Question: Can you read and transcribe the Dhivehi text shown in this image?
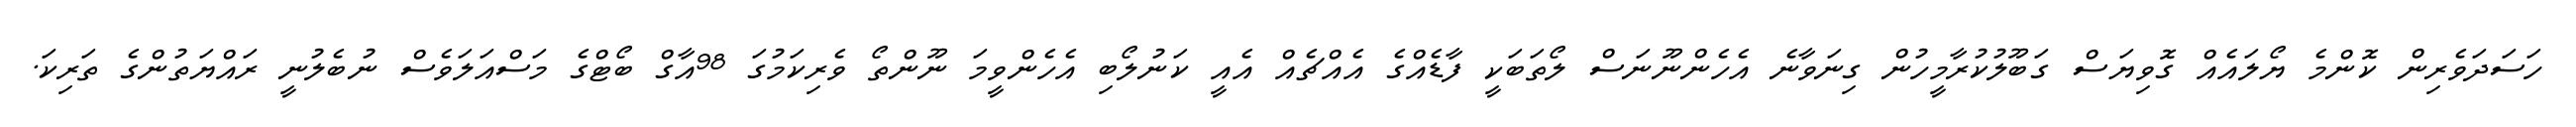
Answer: ހަސަދަވެރިން ކޮންމެ ޔޯލައެއް ގޮވިޔަސް ގަބޫލުކުރާމީހުން ގިނަވާނެ އެހެންނޫނަސް ލޯތަބަކީ ފާޑެއްގެ އެއްޗެއް އެއީ ކަނުލޯބި އެހެންވީމަ ނޫންތޯ ވެރިކަމުގަ 98އާގް ބޯޓްގެ މަސްއަލަވެސް ނުބެލުނީ ރައްޔަތުންގެ ތަރިކަ.